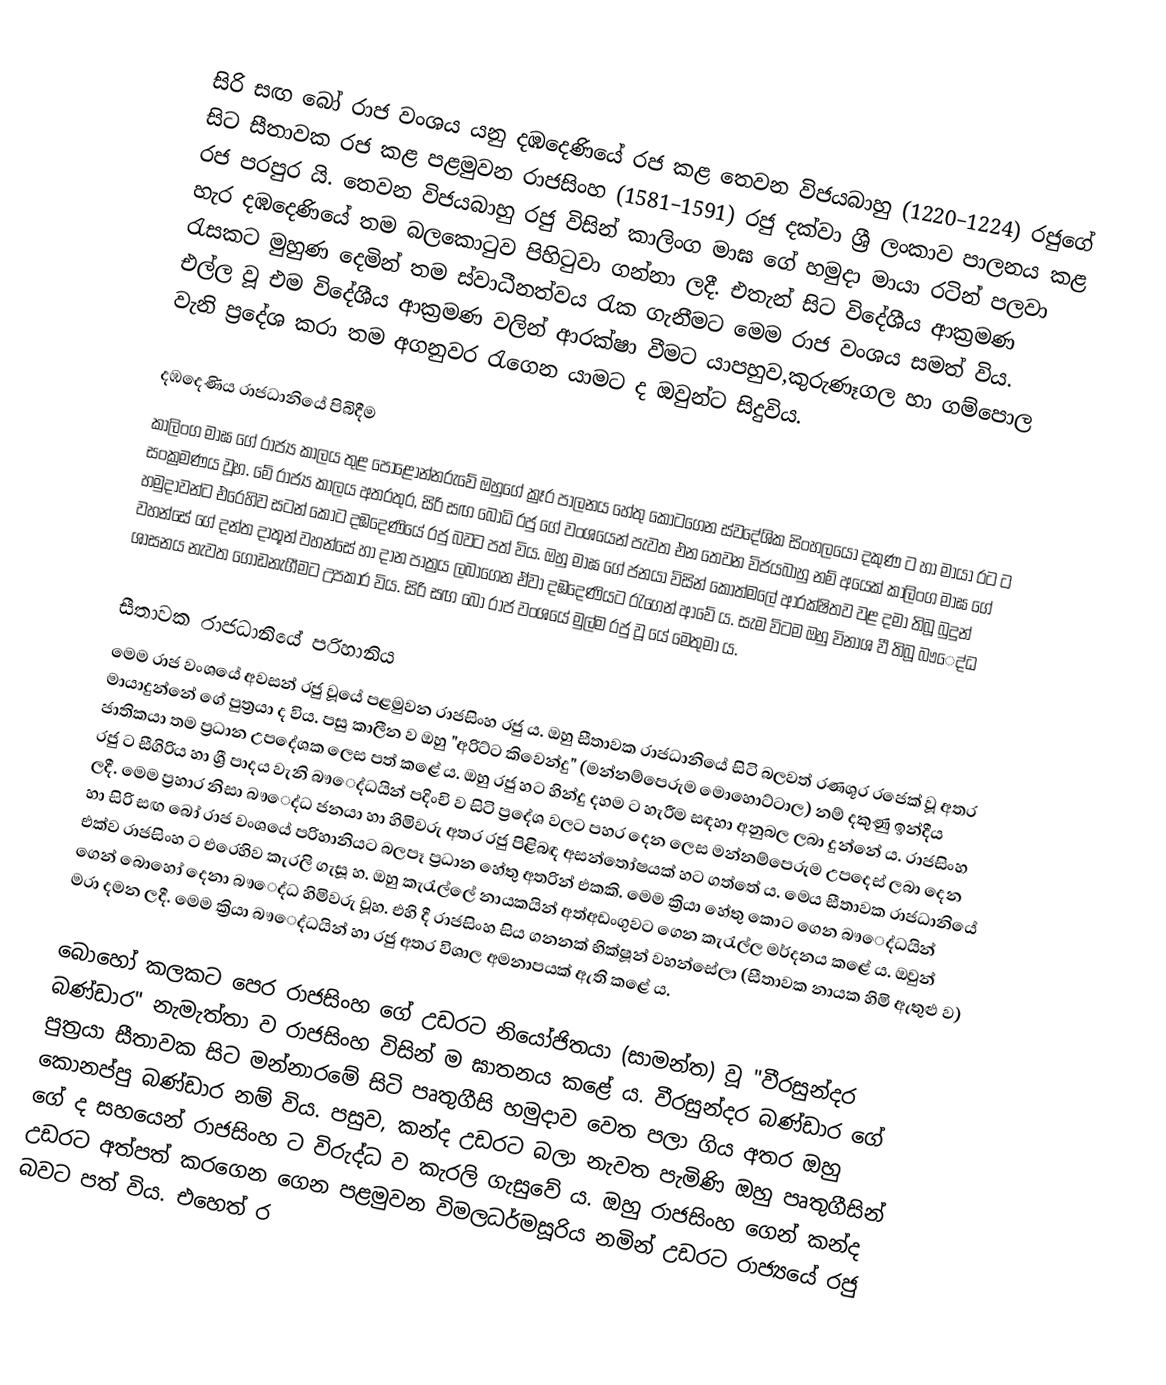
සිරි සඟ බෝ රාජ වංශය යනු දඹදෙණියේ රජ කළ තෙවන විජයබාහු (1220–1224) රජුගේ සිට සීතාවක රජ කළ පළමුවන රාජසිංහ (1581–1591) රජු දක්වා ශ්‍රී ලංකාව පාලනය කළ රජ පරපුර යි. තෙවන විජයබාහු රජු විසින් කාලිංග මාඝ ගේ හමුදා මායා රටින් පලවා හැර දඹදෙණියේ තම බලකොටුව පිහිටුවා ගන්නා ලදී. එතැන් සිට විදේශීය ආක්‍රමණ රැසකට මුහුණ දෙමින් තම ස්වාධීනත්වය රැක ගැනීමට මෙම රාජ වංශය සමත් විය. එල්ල වූ එම විදේශීය ආක්‍රමණ වලින් ආරක්ෂා වීමට යාපහුව,කුරුණෑගල හා ගම්පොල වැනි ප්‍රදේශ කරා තම අගනුවර රැගෙන යාමට ද ඔවුන්ට සිදුවිය.

දඹදෙණිය රාජධානියේ පිබිදීම
කාලිංග මාඝ ගේ රාජ්‍ය කාලය තුළ පොළොන්නරුවේ ඔහුගේ ක්‍රෑර පාලනය හේතු කොටගෙන ස්වදේශික සිංහලයෝ දකුණ ට හා මායා රට ට සංක්‍රමණය වූහ. මේ රාජ්‍ය කාලය අතරතුර, සිරි සඟ බෝධි රජු ගේ වංශයෙන් පැවත එන තෙවන විජයබාහු නම් අයෙක් කාලිංග මාඝ ගේ හමුදාවන්ට එරෙහිව සටන් කොට දඹදෙණියේ රජු බවට පත් විය. ඔහු මාඝ ගේ ජනයා විසින් කොත්මලේ ආරක්ෂිතව වළ දමා තිබූ බුදුන් වහන්සේ ගේ දන්ත දාතූන් වහන්සේ හා දාන පාත්‍රය ලබාගෙන ඒවා දඹදෙණියට රැගෙන් ආවේ ය. සැම විටම ඔහු විනාශ වී තිබූ බෳෙද්ධ ශාසනය නැවත ගොඩනැගීමට උපකාර විය. සිරි සඟ බෝ රාජ වංශයේ මුල්ම රජු වූ යේ මෙතුමා ය.

සීතාවක රාජධානියේ පරිහානිය
මෙම රාජ වංශයේ අවසන් රජු වූයේ පළමුවන රාජසිංහ රජු ය. ඔහු සීතාවක රාජධානියේ සිටි බලවත් රණශූර රජෙක් වූ අතර මායාදුන්නේ ගේ පුත්‍රයා ද විය. පසු කාලීන ව ඔහු "අරිට්ට කිවෙන්දු" (මන්නම්පෙරුම මොහොට්ටාල) නම් දකුණු ඉන්දීය ජාතිකයා තම ප්‍රධාන උපදේශක ලෙස පත් කළේ ය. ඔහු රජු හට හින්දු දහම ට හැරීම සඳහා අනුබල ලබා දුන්නේ ය. රාජසිංහ රජු ට සීගිරිය හා ශ්‍රී පාදය වැනි බෳෙද්ධයින් පදිංචි ව සිටි ප්‍රදේශ වලට පහර දෙන ලෙස මන්නම්පෙරුම උපදෙස් ලබා දෙන ලදී. මෙම ප්‍රහාර නිසා බෳෙද්ධ ජනයා හා හිමිවරු අතර රජු පිළිබඳ අසන්තෝෂයක් හට ගත්තේ ය. මෙය සීතාවක රාජධානියේ හා සිරි සඟ බෝ රාජ වංශයේ පරිහානියට බලපෑ ප්‍රධාන හේතු අතරින් එකකි. මෙම ක්‍රියා හේතු කොට ගෙන බෳෙද්ධයින් එක්ව රාජසිංහ ට එරෙහිව කැරලි ගැසූ හ. ඔහු කැරැල්ලේ නායකයින් අත්අඩංගුවට ගෙන කැරැල්ල මර්දනය කළේ ය. ඔවුන් ගෙන් බොහෝ දෙනා බෳෙද්ධ හිමිවරු වූහ. එහි දී රාජසිංහ සිය ගනනක් භික්ෂූන් වහන්සේලා (සීතාවක නායක හිමි ඇතුළු ව) මරා දමන ලදී. මෙම ක්‍රියා බෳෙද්ධයින් හා රජු අතර විශාල අමනාපයක් ඇති කළේ ය.

බොහෝ කලකට පෙර රාජසිංහ ගේ උඩරට නියෝජිතයා (සාමන්ත) වූ "වීරසුන්දර බණ්ඩාර" නැමැත්තා ව රාජසිංහ විසින් ම ඝාතනය කළේ  ය. වීරසුන්දර බණ්ඩාර ගේ පුත්‍රයා සීතාවක සිට මන්නාරමේ සිටි පෘතුගීසි හමුදාව වෙත පලා ගිය අතර ඔහු කොනප්පු බණ්ඩාර නම් විය. පසුව, කන්ද උඩරට බලා නැවත පැමිණි ඔහු පෘතුගීසින් ගේ ද සහයෙන් රාජසිංහ ට විරුද්ධ ව කැරලි ගැසුවේ ය. ඔහු රාජසිංහ ගෙන් කන්ද උඩරට අත්පත් කරගෙන ගෙන පළමුවන විමලධර්මසූරිය නමින් උඩරට රාජ්‍යයේ රජු බවට පත් විය. එහෙත් ර